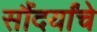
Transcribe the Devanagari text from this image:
सौंदर्यांचे